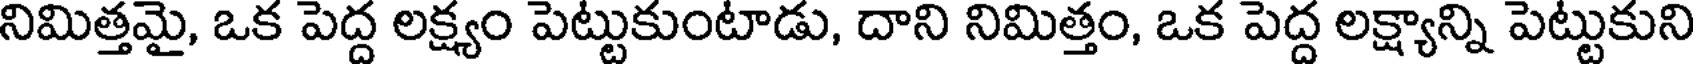
నిమిత్తమై, ఒక పెద్ద లక్ష్యం పెట్టుకుంటాడు, దాని నిమిత్తం, ఒక పెద్ద లక్ష్యాన్ని పెట్టుకుని